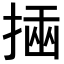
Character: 𢰔